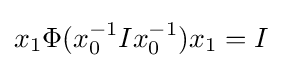
x_{1}\Phi (x_{0}^{-1}Ix_{0}^{-1})x_{1}=I